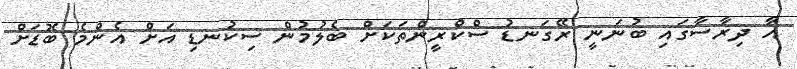
އާ ދިރާސާގައި ބުނަނީ ރޭގަނޑު ސްކްރީންތަކަށް ބެލުމުން ސިކުނޑި އަށް އެންމެ ބޮޑަށް